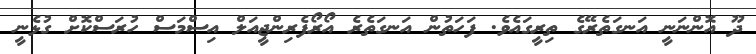
ދޫ އޮންނަނީ އަނގަތެރޭގެ ތިރީގައެވެ. ފަހަތުން އަނގަތެރެ އޯރޯފެރިންޖީއަލް އިސްމަސް ހުރަސްކޮށް ގުޅެނީ